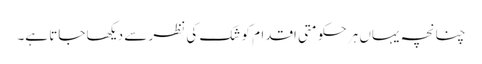
چنانچہ یہاں ہر حکومتی اقدام کو شک کی نظر سے دیکھا جاتا ہے۔